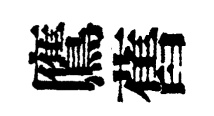
鷹舊